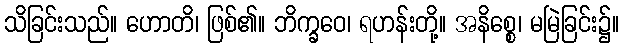
သိခြင်းသည်။ ဟောတိ၊ ဖြစ်၏။ ဘိက္ခဝေ၊ ရဟန်းတို့။ အနိစ္စေ၊ မမြဲခြင်း၌။